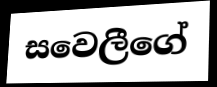
සවෙලීගේ